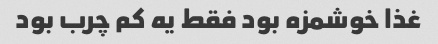
غذا خوشمزه بود فقط یه کم چرب بود